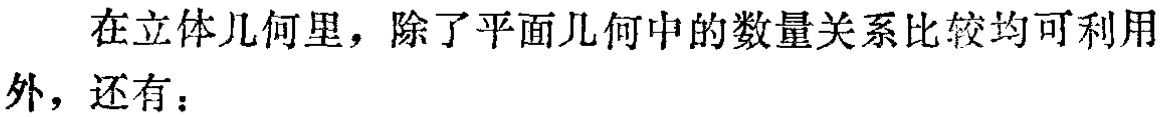
在立体几何里，除了平面几何中的数量关系比较均可利用外，还有：